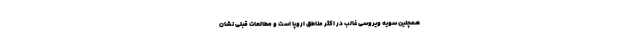
همچنین سویه ویروسی غالب در اکثر مناطق اروپا است و مطالعات قبلی نشان